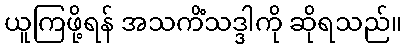
ယူကြဖို့ရန် အသကိံသဒ္ဒါကို ဆိုရသည်။